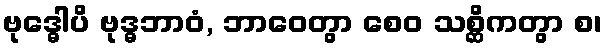
ဗုဒ္ဓေါပိ ဗုဒ္ဓဘာဝံ, ဘာဝေတွာ စေဝ သစ္ဆိကတွာ စ၊